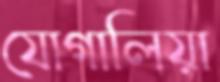
যোগালিয়া